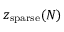
z _ { \mathrm { s p a r s e } } ( N )